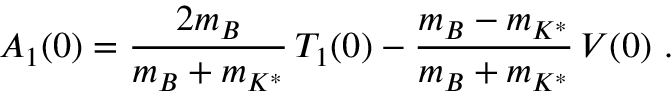
A _ { 1 } ( 0 ) = \frac { 2 m _ { B } } { m _ { B } + m _ { K ^ { * } } } \, T _ { 1 } ( 0 ) - \frac { m _ { B } - m _ { K ^ { * } } } { m _ { B } + m _ { K ^ { * } } } \, V ( 0 ) ~ .